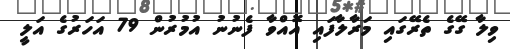
ވިލާ ގޭގެ ތެރޭގައި މަރާލާފައި އޮއްވާ ފެނުނު އުމުރުން 79 އަހަރުގެ އަލީ